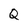
Character: Q